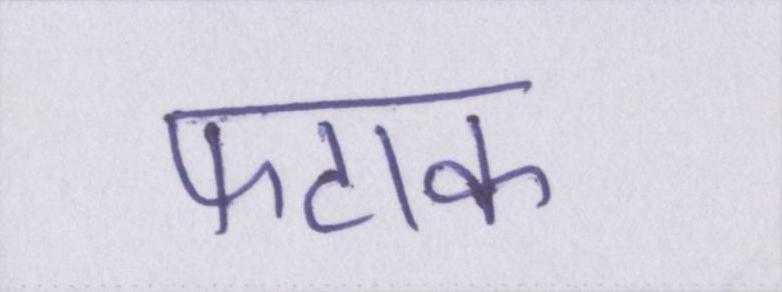
फटाक